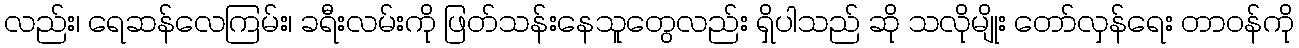
လည်း၊ ရေဆန်လေကြမ်း၊ ခရီးလမ်းကို ဖြတ်သန်းနေသူတွေလည်း ရှိပါသည် ဆို သလိုမျိုး တော်လှန်ရေး တာဝန်ကို